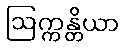
ဩက္ကန္တိယာ